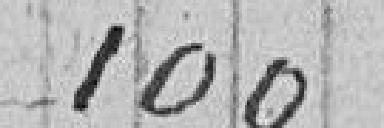
100 francs